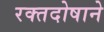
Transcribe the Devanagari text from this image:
रक्तदोषाने